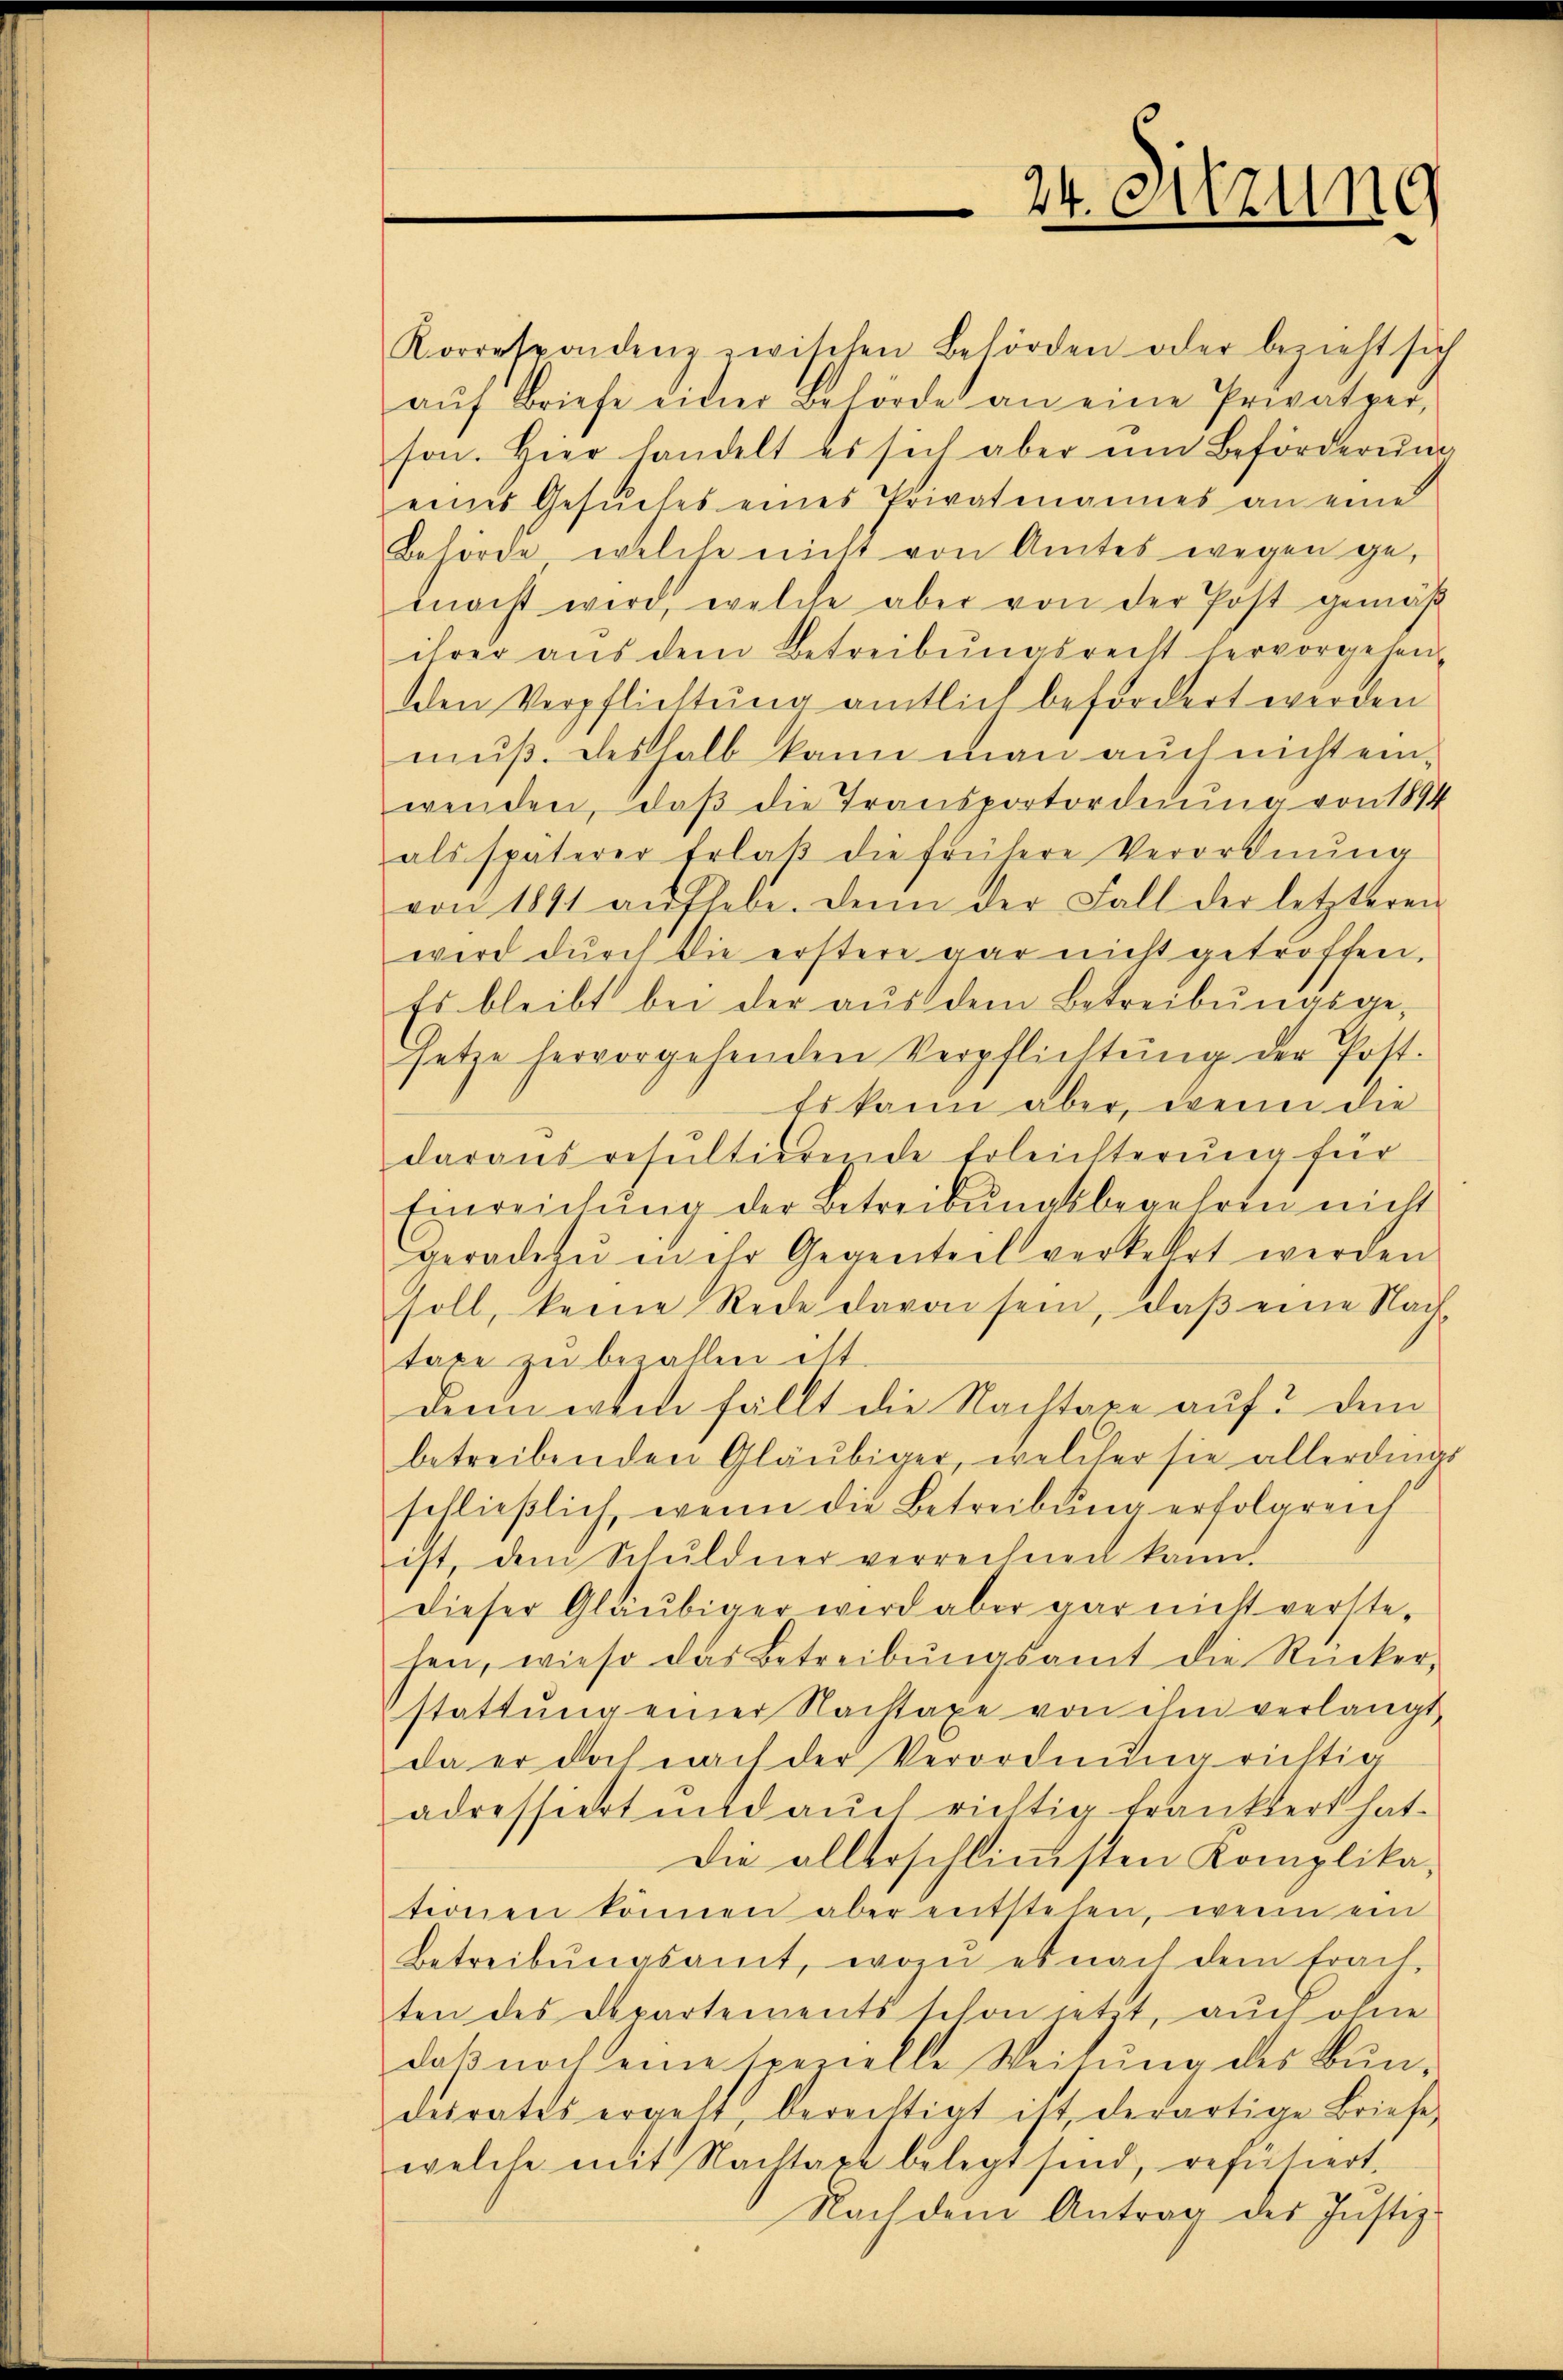
24. Sitzung

Korrespondenz zwischen Behörden oder bezieht sich
aŭf Briefe einer Behörde an eine Privatper-
son. Hier handelt es sich aber ŭm Beförderŭng
eines Gesŭches eines Privatmannes an eines
Behörde, welche nicht von Amtes wegen gemacht wird, welche aber von der Post gemäβ
ihrer aus dem Betreibungsrecht hervorgehenden Verpflichtung amtlich befordert werden
muß. Deshalb kann man auch nicht einwenden, daß die Transportordnung von 1894
als späterer Erlaβ die frühere Verordnŭng
von 1891 aŭfhebe. Denn der Fall der letzteren
wird durch die erstere gar nicht getroffen.
Es bleibt bei der aŭs dem Betreibŭngsge-
setze hervorgehenden Verpflichtŭng der Post.
Es kann aber, wenn die
daraus resultierende Erleichterung für
Einreichŭng der Betreibŭngsbegehren nicht
geradezu in ihr Gegenteil verkellet werden
soll, keine Rede davon sein, daβ eine Nach-
taxe zu bezahlen ist.
derin erten fällt die Nachtaxe auf dem
betreibenden Gläubiger, welcher sie allerdings
schließlich, wenn die Betreibung erfolgreich
ist dem Schuldner verrechnen kann.
dieser Gläubiger wird aber gar nicht verste-
fen, wieso das Betreibŭngsamt die Rücker-
stattung einer Nachtaxe von ihm verlangt
da er doch nach der Verordnung richtig
adressiert und aŭch richtig frankert hat.
Die allerschlimmsten Komplika-
tionen können aber entstehen, wenn ein
Betreibŭngsamt, wozu es nach dem Frach-
ten des Departements schon jetzt, auch ohne
daß noch eine spezielle Weisung des Bundesrates ergelt, berechtigt ist, derartige Briefe
welche mit Nachtaxe belegt sind, refutiert.
Nach dem Antrag des Justiz-